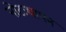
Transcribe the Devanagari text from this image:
नोटःथापन